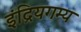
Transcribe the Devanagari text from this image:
इंद्रियगम्य